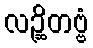
လဉ္ဆိတဗ္ဗံ